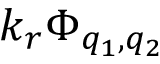
k _ { r } \Phi _ { q _ { 1 } , q _ { 2 } }